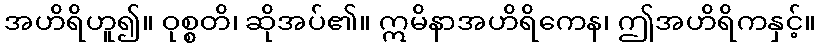
အဟိရိဟူ၍။ ဝုစ္စတိ၊ ဆိုအပ်၏။ ဣမိနာအဟိရိကေန၊ ဤအဟိရိကနှင့်။